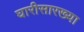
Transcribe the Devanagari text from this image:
घारीसारख्या